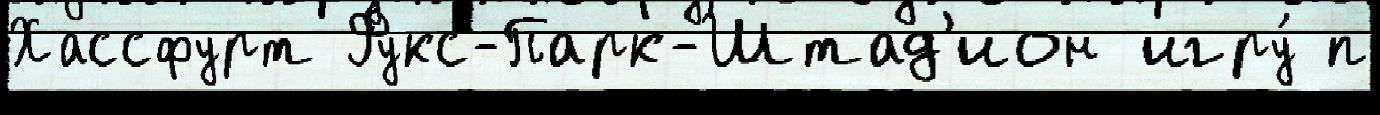
Хассфурт Фукс-Парк-Штад'ион игру́ п